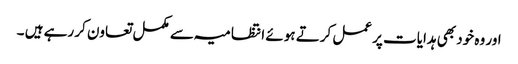
اور وہ خود بھی ہدایات پر عمل کرتے ہوئے انتظامیہ سے مکمل تعاون کر رہے ہیں ۔